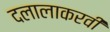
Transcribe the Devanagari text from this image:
दलालाकरवी